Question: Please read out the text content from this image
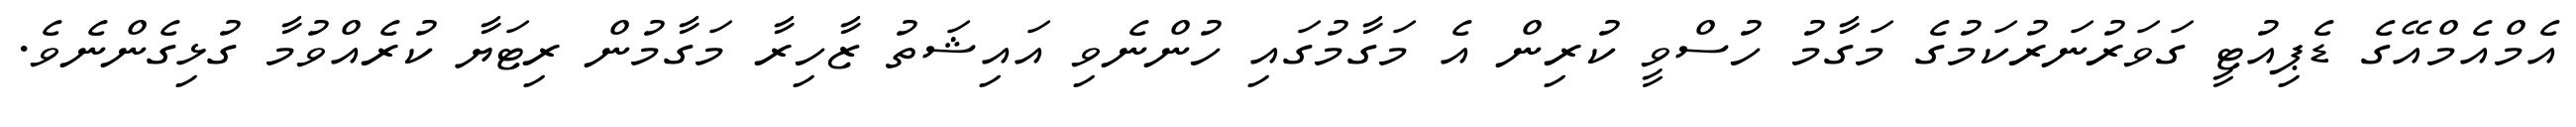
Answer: އެމްއެމްއޭގެ ޑެޕިއުޓީ ގަވަރުނަރުކަމުގެ މަގާމު ހުސްވީ ކުރިން އެ މަގާމުގައި ހުންނެވި އައިޝަތު ޒާހިރާ މަގާމުން ރިޓަޔާ ކުރެއްވުމާ ގުޅިގެންނެވެ.